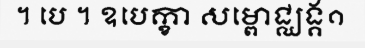
។ បេ ។ ឧបេក្ខា សម្ពោជ្ឈង្គ១